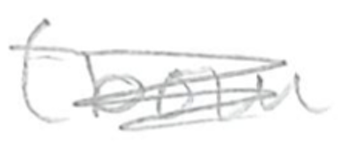
Text: (born
Cross-out: scratch
Writing tool: pencil